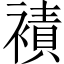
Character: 襀